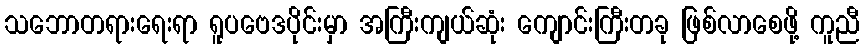
သဘောတရားရေးရာ ရူပဗေဒပိုင်းမှာ အကြီးကျယ်ဆုံး ကျောင်းကြီးတခု ဖြစ်လာစေဖို့ ကူညီ